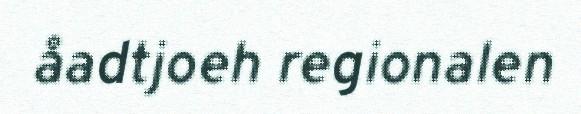
åadtjoeh regionalen